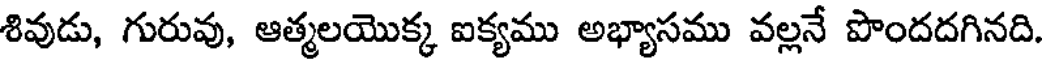
శివుడు, గురువు, ఆత్మలయొక్క ఐక్యము అభ్యాసము వల్లనే పొందదగినది.